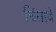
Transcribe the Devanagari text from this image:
चिंतावे